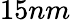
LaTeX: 15nm